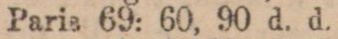
Paris 69: 60, 90 d. d.